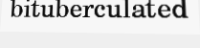
bituberculated